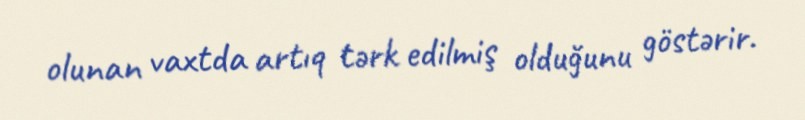
olunan vaxtda artıq tərk edilmiş olduğunu göstərir.